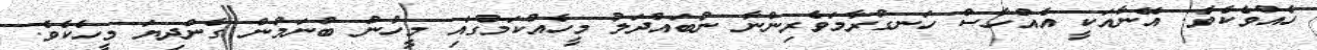
ހެއްވެކެވެ. އޭނާއަކީ އެއްހާސް ހަނގުރާމަވެރިންނާ ނުބައްދަލު މީހެއްކަމުގައި މީހުން ބުނަމުން ގެންދިޔަ މީހެކެވެ.